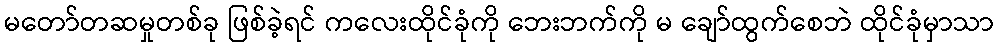
မတော်တဆမှုတစ်ခု ဖြစ်ခဲ့ရင် ကလေးထိုင်ခုံကို ဘေးဘက်ကို မ ချော်ထွက်စေဘဲ ထိုင်ခုံမှာသာ